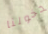
دخولنا